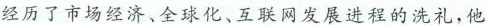
经历了市场经济、全球化、互联网发展进程的洗礼，他